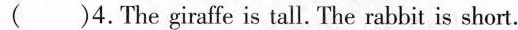
( )4.The giraffe is tall. The rabbit is short.